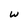
Character: W